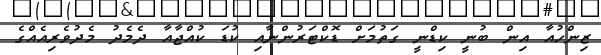
ޒިންހުއާ އިން ބުނީ ކިޑްނީ ގަތުމަށް ޑޮކްޓަރުންނާއި ކުޑަ ކުއްޖާއާ ދެމެދު މެދުވެރިއެއްގެ